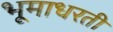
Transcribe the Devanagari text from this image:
भूमाधरती